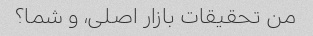
من تحقیقات بازار اصلی، و شما؟